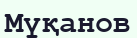
Мүқанов